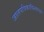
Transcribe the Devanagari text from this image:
जालपत्रिकाविश्वाचा